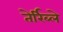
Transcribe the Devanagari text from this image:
तेर्रिब्ले